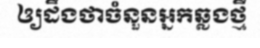
ឲ្យដឹងថាចំនួនអ្នកឆ្លងថ្មី